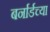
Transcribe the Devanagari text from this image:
बर्नार्डच्या